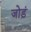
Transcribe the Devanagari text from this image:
जोड़ं